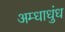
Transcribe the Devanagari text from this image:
अम्धाधुंध